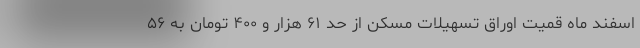
اسفند ماه قمیت اوراق تسهیلات مسکن از حد ۶۱ هزار و ۴۰۰ تومان به ۵۶